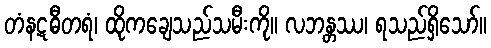
တံနဋဓီတရံ၊ ထိုကချေသည်သမီးကို။ လဘန္တဿ၊ ရသည်ရှိသော်။